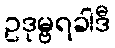
ဥဒုမ္ဗရခါဒီ